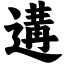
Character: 遘